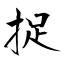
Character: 捉